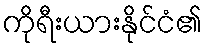
ကိုရီးယားနိုင်ငံ၏